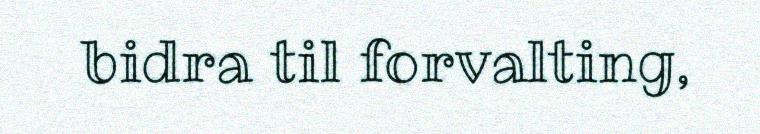
bidra til forvalting,